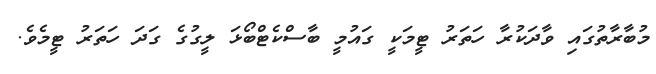
މުބާރާތުގައި ވާދަކުރާ ހަތަރު ޓީމަކީ ގައުމީ ބާސްކެޓްބޯޅަ ލީގުގެ ގަދަ ހަތަރު ޓީމެވެ.